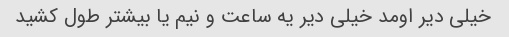
خیلی دیر اومد خیلی دیر یه ساعت و نیم یا بیشتر طول کشید